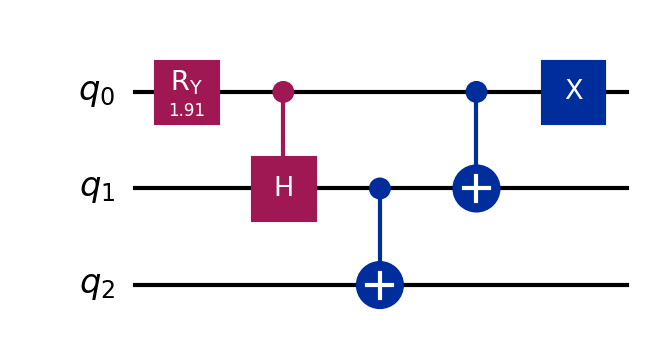
Description: W state preparation (3-qubit)
描述: W态制备（3量子比特）
Category: classical_algorithms (difficulty: advanced)
Qubits: 3, circuit depth: 7

Braket implementation:
import math
from braket.circuits import Circuit
circuit = Circuit()
circuit.ry(0, 2 * math.acos(1 / math.sqrt(3)))
# controlled-H decomposition: Ry(π/4)-CNOT-Ry(-π/4)
circuit.ry(1, math.pi / 4)
circuit.cnot(0, 1)
circuit.ry(1, -math.pi / 4)
circuit.cnot(0, 1)
circuit.cnot(1, 2)
circuit.cnot(0, 1)
circuit.x(0)